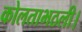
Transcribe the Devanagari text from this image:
कोलताभठली।